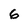
Character: 6